NAE_EAA_P-1039_Kommunismi_Majak_kalurikolhoos, lk 9
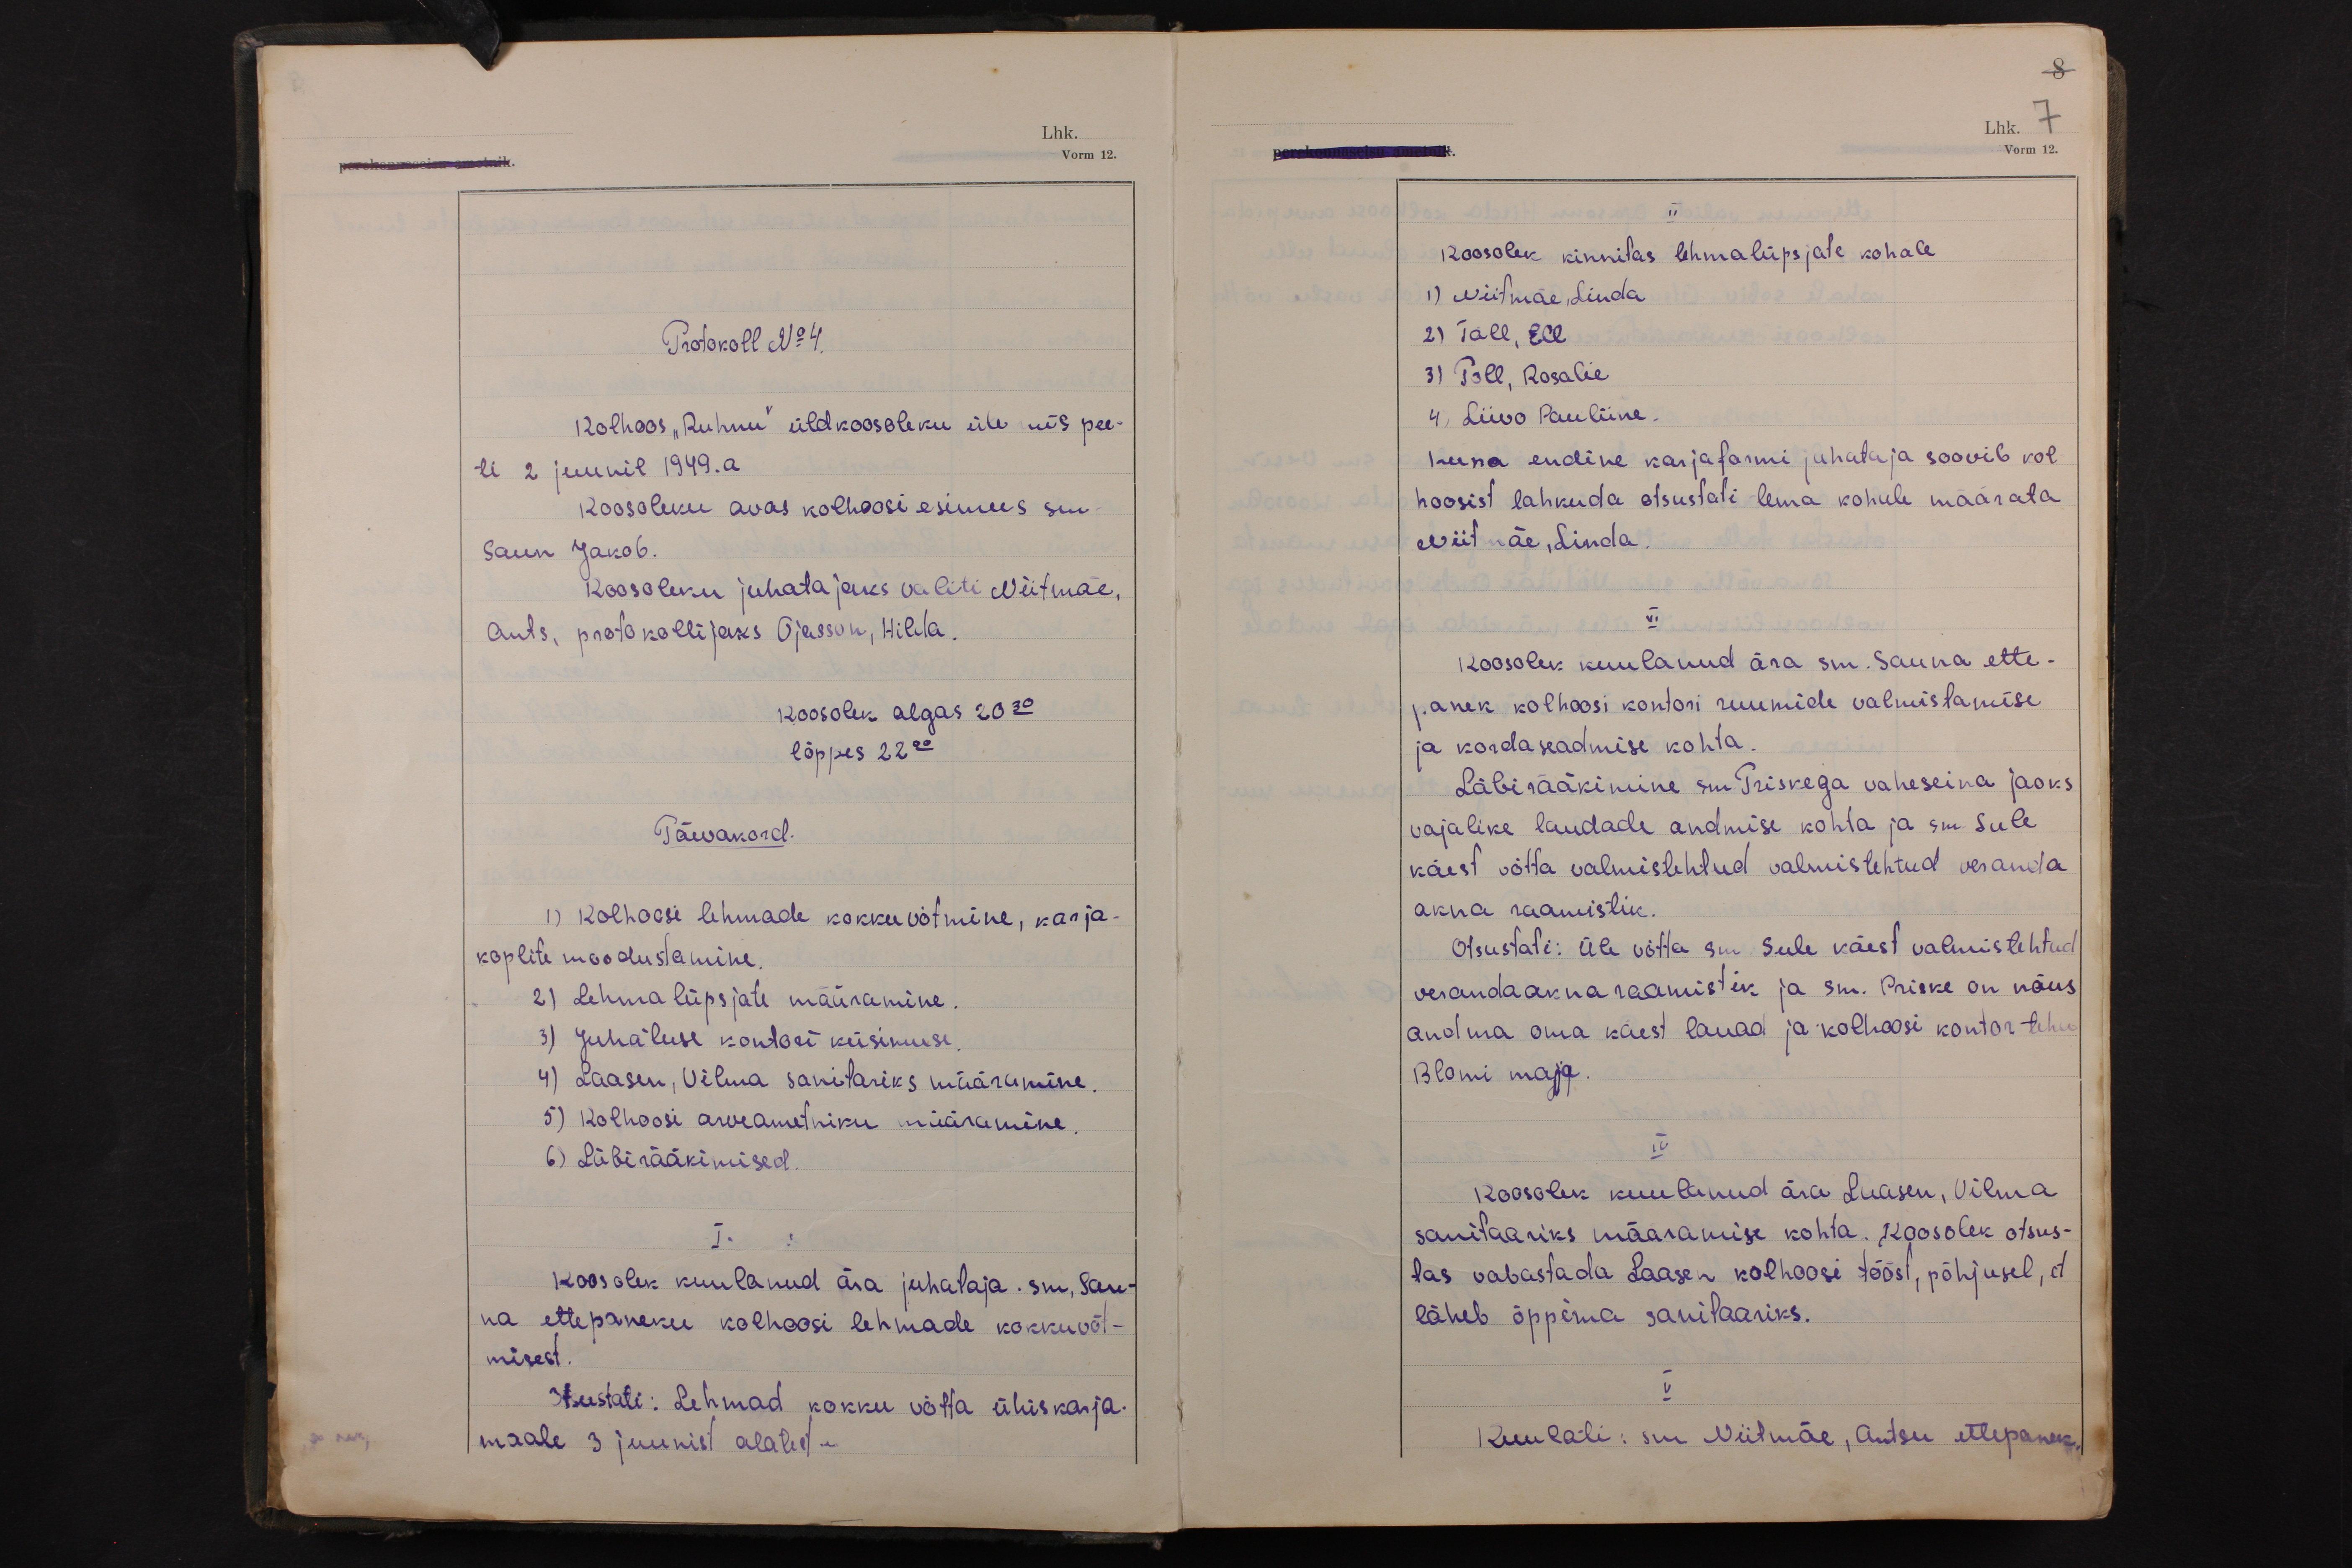
8
Lhk. 7
Vorm 12.

Protokoll No 4.
Kolhoos "Ruhnu" üldkoosoleku üle mis pee-
ti 2 juunil 1949.a
Koosoleku avas kolhoosi esimees sm.
Saun Jakob.
Koosoleku juhatajaks valiti Niitmäe,
Ants, protokollijaks Ojasson, Hilda.
Koosolek algas 20 30
lõppes 22 00
Päevakord.
1) Kolhoosi lehmade kokkuvõtmine, karja-
koplite moodustamine.
2) Lehmalüpsjate määramine.
3) Juhatuse kontori küsimuse.
4) Laasen, Vilma sanitariks määramine.
5) Kolhoosi arveametniku määramine.
6) Läbirääkimised.
I.
Koosolek kuulanud ära juhataja . sm, Sau-
na ettepaneku kolhoosi lehmade kokkuvõt-
misest.
Otsustati: Lehmad kokku võtta ühiskarja-
maale 3 juunist alatest -

II
Koosolek kinnitas lehmalüpsjate kohale
1) Niitmäe, Linda
2) Täll, Ell
3) Poll, Rosalie
4) Liivo Pauliine.
Kuna endine karjafarmi juhataja soovib kol-
hoosist lahkuda otsustati tema kohale määrata
Niitmäe, Linda.
III
Koosolek kuulanud ära sm. Sauna ette-
panek kolhoosi kontori ruumide valmistamise
ja kordaseadmise kohta.
Läbirääkimine sm. Priskega vaheseina jaoks
vajalike laudade andmise kohta ja sm. Sule
käest võtta valmistehtud valmistehtud veranda
akna raamistik.
Otsustati: üle võtta sm. Sule käest valmistehtud
verandaakna raamistik ja sm. Priske on nõus
andma oma käest lauad ja kolhoosi kontor teha
Blomi majja.
IV
Koosolek kuulanud ära Laasen, Vilma
sanitaariks määramise kohta. Koosolek otsus-
tas vabastada Laasen kolhoosi tööst, põhjusel, et
läheb õppima sanitaariks.
V
Kuulati: sm Niitmäe, Antsu ettepanek,